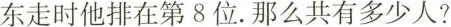
东走时他排在第8位.那么共有多少人?